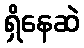
ရှိနေဆဲ